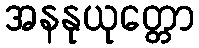
အနနုယုတ္တော